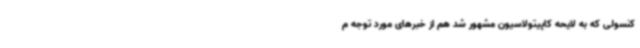
کنسولی که به لایحه کاپیتولاسیون مشهور شد هم از خبرهای مورد توجه م